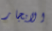
الايجار